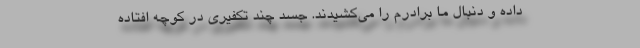
داده و دنبال ما برادرم را می‌کشیدند. جسد چند تکفیری در کوچه افتاده